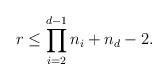
LaTeX: \begin{align*} r \le \prod_{i=2}^{d-1} n_i + n_d - 2.\end{align*}